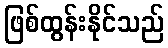
ဖြစ်ထွန်းနိုင်သည်